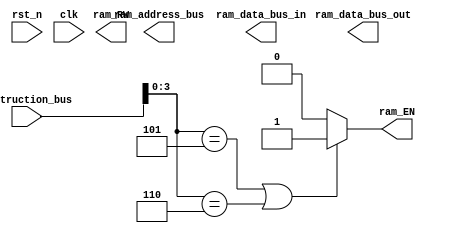
module cpu(
		ram_RW, //high is write
		ram_EN,
		ram_address_bus,
		ram_data_bus_out,
		ram_data_bus_in,
		instruction_bus,
		rst_n,
		clk);

output ram_RW, ram_EN;
output reg [7:0]ram_address_bus;
output reg [3:0]ram_data_bus_out;
output [3:0]ram_data_bus_in;

input clk, rst_n;
input [11:0]instruction_bus;

reg [15:0]select;
reg [3:0] data1, data2;

reg [15:0]en_bus;
reg [3:0]mov_tmp;

reg [3:0]R0, R1, R2, R3, R4, R5, R6, R7;
reg [3:0]A, B, C, D, SL, SH, PL, PH;

reg [3:0]adder_temp;

//ALU
//0b0000 nop
//0b0001 add
//0b0010 addc
//0b0011 mov
//0b0100 ldi
//0b0101 move between register
//0b0110 ld from flash to register

// decoder of instruction head
always @(posedge clk) begin
	if (rst_n) begin
		case (instruction_bus[3:0])
			4'hF: select <= 16'b0000000000000001;	//CLI
			4'hE: select <= 16'b0000000000000010;	//SBI
			4'hD: select <= 16'b0000000000000100;	//PJMP
			4'hC: select <= 16'b0000000000001000;	//JMP
			4'hB: select <= 16'b0000000000010000;	//XOR
			4'hA: select <= 16'b0000000000100000;	//OR
			4'h9: select <= 16'b0000000001000000;	//AND
			4'h8: select <= 16'b0000000010000000;	//POP
			4'h7: select <= 16'b0000000100000000;	//PUSH
			4'h6: select <= 16'b0000001000000000;    //OUT
			4'h5: select <= 16'b0000010000000000;	//IN
			4'h4: select <= 16'b0000100000000000;	//LDI
			4'h3: select <= 16'b0001000000000000;	//MOV
			4'h2: select <= 16'b0010000000000000;	//ADC
			4'h1: select <= 16'b0100000000000000;	//ADD
			4'h0: select <= 16'b1000000000000000;	//NOP
			default: select <= 16'b0000000000000000;
		endcase
		data1 <= instruction_bus[7:4];
		data2 <= instruction_bus[11:8];
	end
	else
		select <= 0;
		data1 <= 0;
		data2 <= 0;
	end
assign ram_EN = (instruction_bus[3:0] == 5)||(instruction_bus[3:0] == 6) ? 1 : 0;

	
//adder
always @(posedge clk) begin
	adder_temp <= A + B;
end

// //mover
// always @(posedge clk) begin

//   endcase  
// end

//ALU
always @(posedge clk) begin
	if(rst_n) begin
		case(select)
			16'b0100000000000000: A = adder_temp;
			16'b0001000000000000: begin
				case(data2)
					4'h0: mov_tmp <= A;
					4'h1: mov_tmp <= B;
					4'h2: mov_tmp <= C;
					4'h3: mov_tmp <= D;
					4'h4: mov_tmp <= SL;
					4'h5: mov_tmp <= SH;
					4'h6: mov_tmp <= PL;
					4'h7: mov_tmp <= PH;
					4'h8: mov_tmp <= R0;
					4'h9: mov_tmp <= R1;
					4'h10: mov_tmp <= R2;
					4'h11: mov_tmp <= R3;
					4'h12: mov_tmp <= R4;
					4'h13: mov_tmp <= R5;
					4'h14: mov_tmp <= R6;
					4'h15: mov_tmp <= R7;
				endcase
				case(data1)
					4'h0: A <= mov_tmp;
					4'h1: B <= mov_tmp;
					4'h2: C <= mov_tmp;
					4'h3: D <= mov_tmp;
					4'h4: SL <= mov_tmp;
					4'h5: SH <= mov_tmp;
					4'h6: PL <= mov_tmp;
					4'h7: PH <= mov_tmp;
					4'h8: R0 <= mov_tmp;
					4'h9: R1 <= mov_tmp;
					4'h10: R2 <= mov_tmp;
					4'h11: R3 <= mov_tmp;
					4'h12: R4 <= mov_tmp;
					4'h13: R5 <= mov_tmp;
					4'h14: R6 <= mov_tmp;
					4'h15: R7 <= mov_tmp;
				endcase
			end
		endcase
	end
	else begin 
		A <= 0;
		B <= 0;
		C <= 0;
		D <= 0;
		SL <= 0;
		SH <= 0;
		PL <= 0;
		PH <= 0;
		R0 <= 0;
		R1 <= 0;
		R2 <= 0;
		R3 <= 0;
		R4 <= 0;
		R5 <= 0;
		R6 <= 0;
	end
end

endmodule